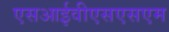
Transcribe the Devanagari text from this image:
एसआईवीएसएसएम